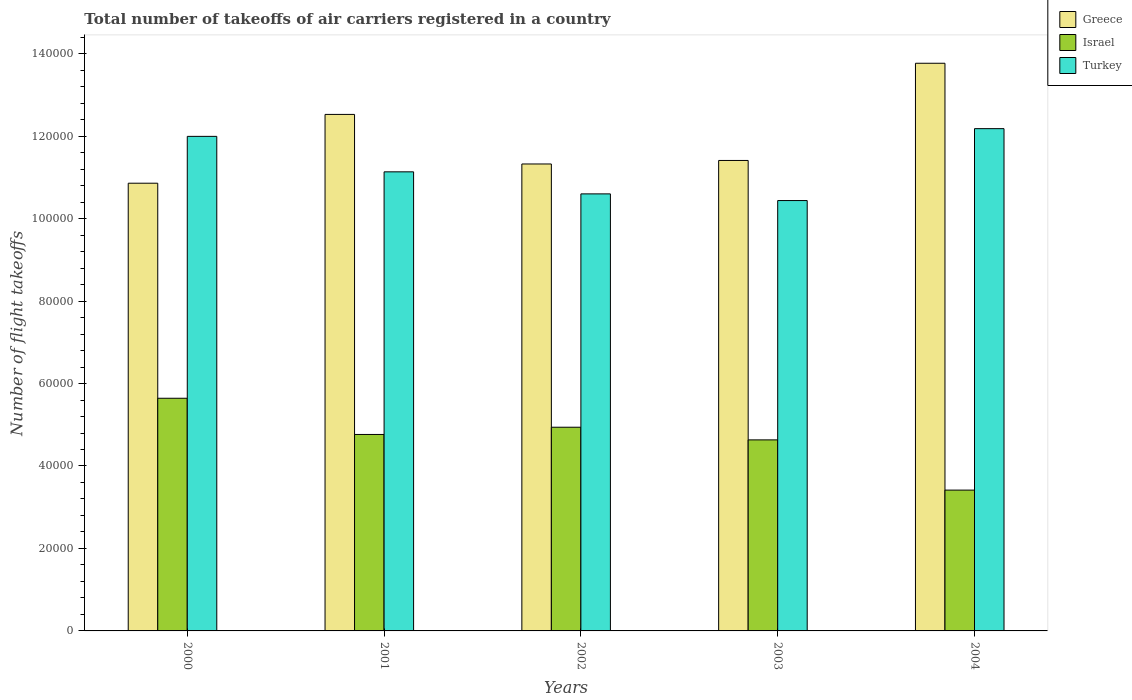
| Years | Greece | Israel | Turkey |
 | --- | --- | --- | --- |
 | 2000 | 1.09e+05 | 5.64e+04 | 1.2e+05 |
 | 2001 | 1.25e+05 | 4.76e+04 | 1.11e+05 |
 | 2002 | 1.13e+05 | 4.94e+04 | 1.06e+05 |
 | 2003 | 1.14e+05 | 4.63e+04 | 1.04e+05 |
 | 2004 | 1.38e+05 | 3.42e+04 | 1.22e+05 |